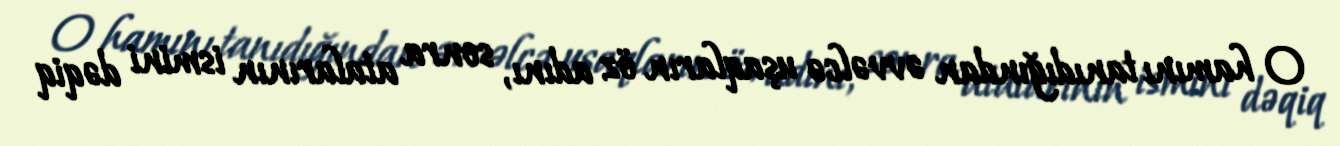
O hamını tanıdığından əvvəlcə uşaqların öz adını, sonra atalarının ismini dəqiq